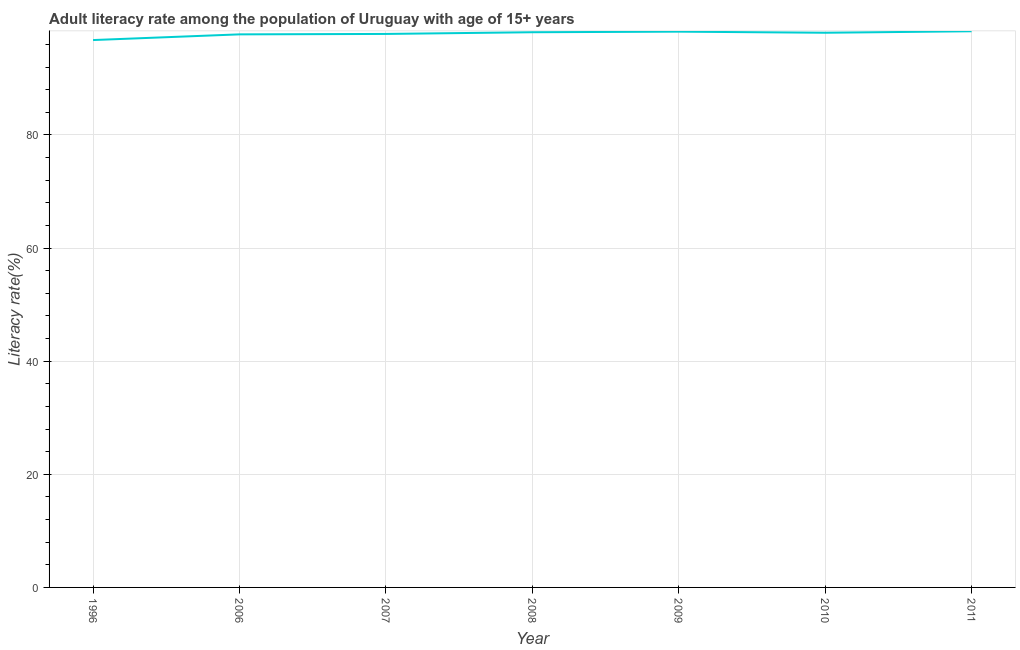
| Year | Adult literacy rate |
 | --- | --- |
 | 1996 | 96.8 |
 | 2006 | 97.8 |
 | 2007 | 97.9 |
 | 2008 | 98.2 |
 | 2009 | 98.3 |
 | 2010 | 98.1 |
 | 2011 | 98.3 |